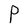
Character: P